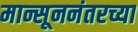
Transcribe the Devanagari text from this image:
मान्सूननंतरच्या